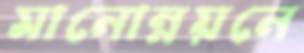
মানোন্নয়নে